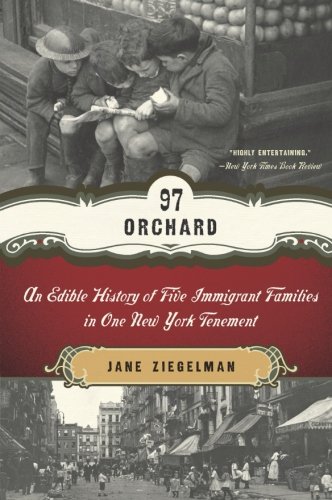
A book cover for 97 Orchard: An Edible History of Five Immigrant Families in One New York Tenement; Jane Ziegelman; Cookbooks, Food & Wine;